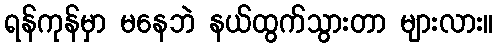
ရန်ကုန်မှာ မနေဘဲ နယ်ထွက်သွားတာ များလား။